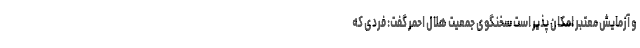
و آزمایش معتبر امکان پذیر است سخنگوی جمعیت هلال احمر گفت: فردی که